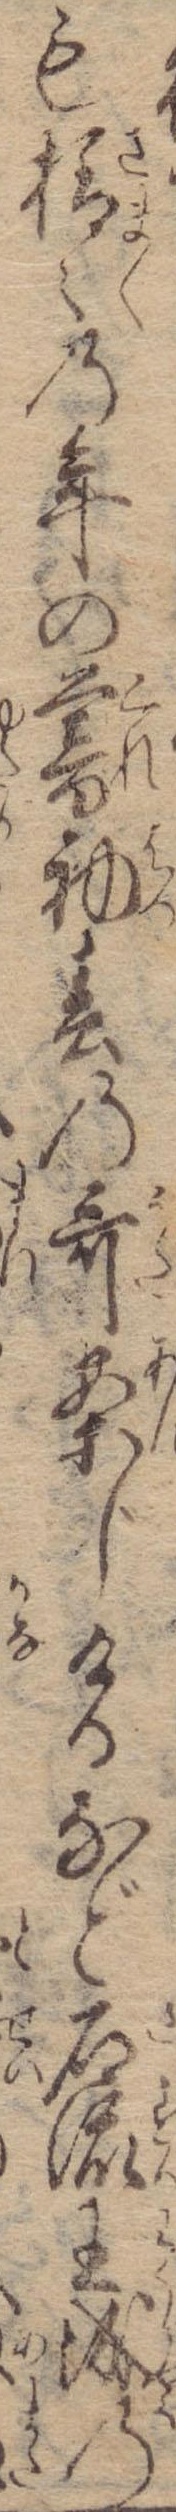
も様々の年の暮初春の歌案じけるなど石流王城の